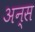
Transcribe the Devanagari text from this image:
अन्स